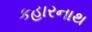
કહારનાથ